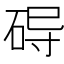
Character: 𱴀